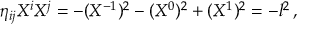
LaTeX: \eta _ { i j } X ^ { i } X ^ { j } = - ( X ^ { - 1 } ) ^ { 2 } - ( X ^ { 0 } ) ^ { 2 } + ( X ^ { 1 } ) ^ { 2 } = - l ^ { 2 } \, ,